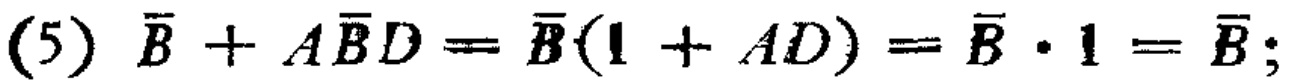
(5) $\overline{B}+A\overline{B}D=\overline{B}(1 + AD)=\overline{B}\cdot1=\overline{B}$;